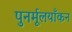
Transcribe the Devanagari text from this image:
पुनर्मूलयाँकन